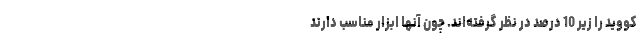
کووید را زیر 10 درصد در نظر گرفته‌اند. چون آنها ابزار مناسب دارند